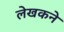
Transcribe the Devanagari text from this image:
लेखकने